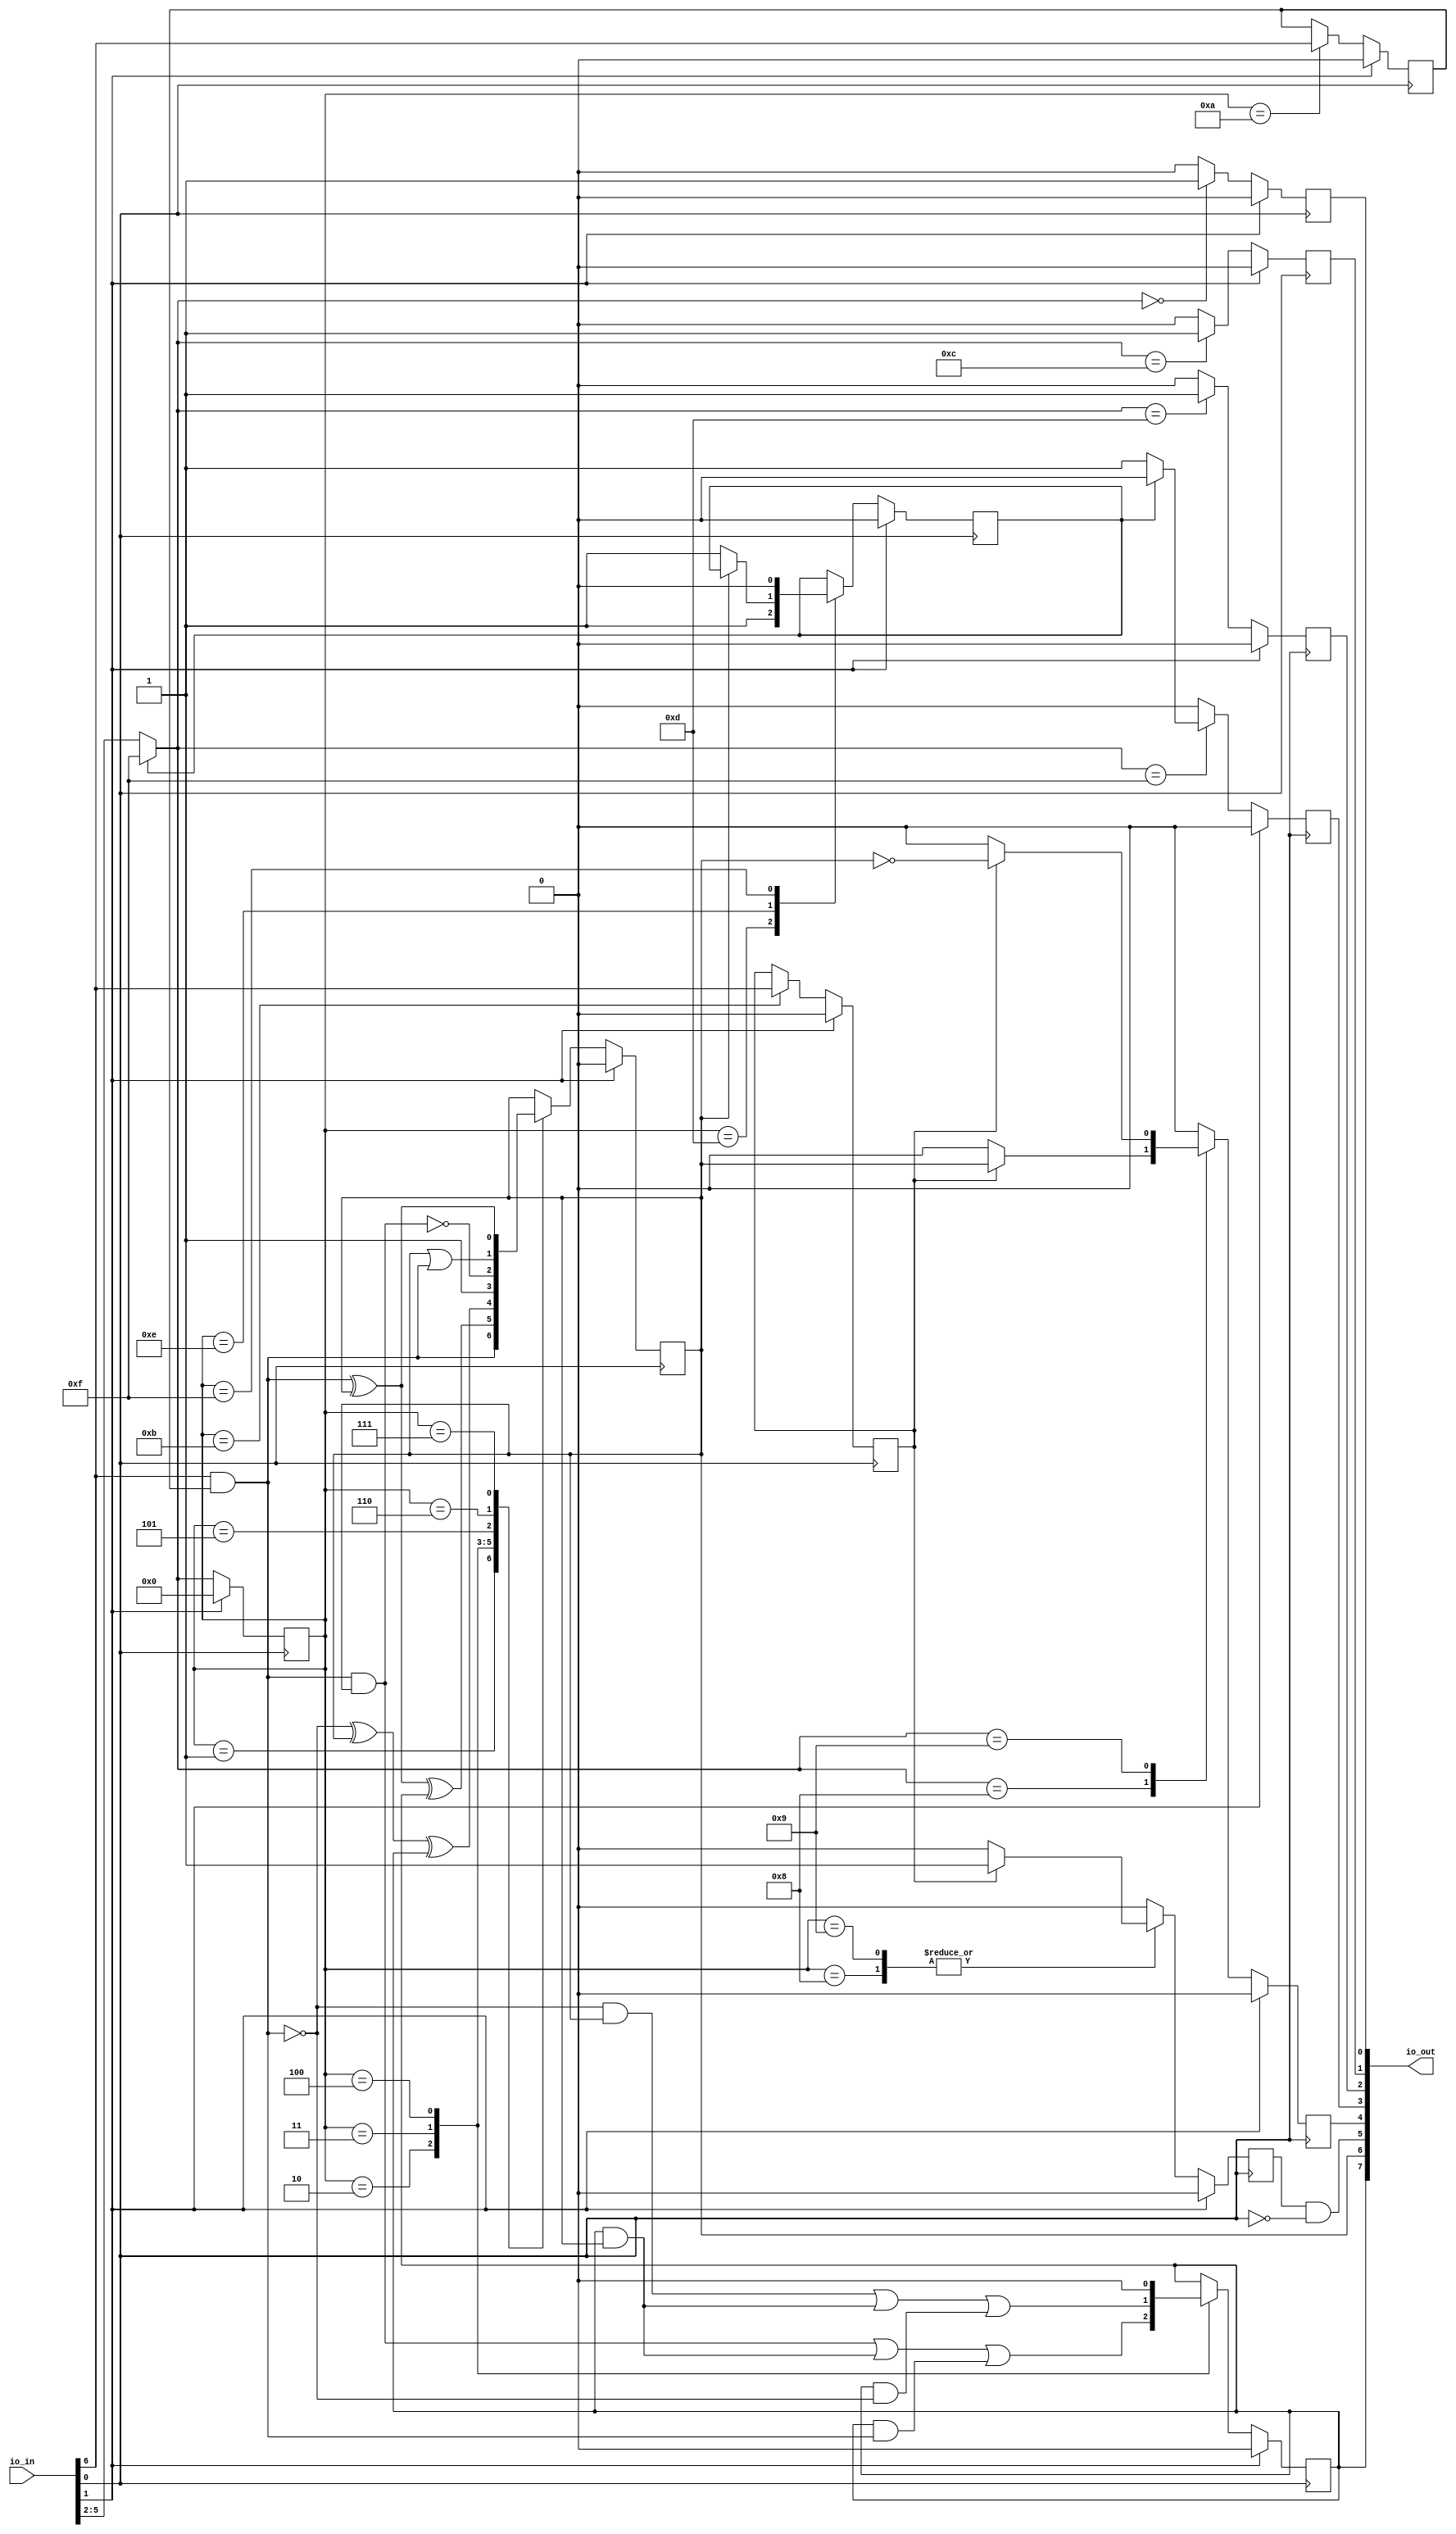
// This program was cloned from: https://github.com/sarfrazenator/Sarfraz_TinyTapeout
// License: Apache License 2.0

`default_nettype none

module user_module_341178296293130834(
  input [7:0] io_in,
  output [7:0] io_out
);
  /* Inputs */
  wire CLK;
  wire RST;
  wire [3:0]IR_IN;
  wire DATAIN;
  assign CLK = io_in[0];
  assign RST = io_in[1];
  assign IR_IN = io_in[5:2];
  assign DATAIN = io_in[6];

  /* Outputs */
  reg FL0;
  reg JMP;
  reg RTN;
  reg FLF;
  reg DATAOUT;
  wire WRT;
  reg RR;
  reg C;

  assign io_out[0] = FL0;
  assign io_out[1] = JMP;
  assign io_out[2] = RTN;
  assign io_out[3] = FLF;
  assign io_out[4] = DATAOUT;
  assign io_out[5] = WRT;
  assign io_out[6] = RR;
  assign io_out[7] = C;

  /* Intermediate */
  reg IEN;
  reg OEN;
  reg SKZ;
  reg WRTR;
  reg [3:0] IR;
  wire DATAIFEN;
  wire [3:0] IR_GATED;

  `define I_NOP0  4'b0000
  `define I_LD    4'b0001
  `define I_ADD   4'b0010
  `define I_SUB   4'b0011
  `define I_ONE   4'b0100
  `define I_NAND  4'b0101
  `define I_OR    4'b0110
  `define I_XOR   4'b0111
  `define I_STO   4'b1000
  `define I_STOC  4'b1001
  `define I_IEN   4'b1010
  `define I_OEN   4'b1011
  `define I_JMP   4'b1100
  `define I_RTN   4'b1101
  `define I_SKZ   4'b1110
  `define I_NOPF  4'b1111

  /* Module body */

  assign DATAIFEN = DATAIN & IEN;
  // because assigning to IR register doesn't seem to take hold immediately
  assign IR_GATED = (!SKZ) ? IR_IN : `I_NOPF;
  assign WRT = WRTR & !CLK;

  always@(posedge CLK) begin
    if(RST) begin
      FL0 <= 0;
      JMP <= 0;
      RTN <= 0;
      FLF <= 0;
      DATAOUT <= 0;
      IR <= 'b0000;
    end else begin
      FL0 <= 0;
      JMP <= 0;
      RTN <= 0;
      FLF <= 0;
      DATAOUT <= 0;
      IR <= IR_GATED; 
      case (IR_GATED)
        `I_NOP0:
          FL0 <= 1;
        `I_STO:
          if(OEN)
            DATAOUT <= RR;
        `I_STOC:
          if(OEN)
            DATAOUT <= !RR;
        `I_JMP:
          JMP <= 1;
        `I_RTN:
          RTN <= 1;
        `I_NOPF:
          if(!SKZ) FLF <= 1;
      endcase
    end
  end

  always@(negedge CLK) begin
    if(RST) begin
      IEN <= 0;
      OEN <= 0;
      SKZ <= 0;
      RR <= 0;
      C <= 0;
      WRTR <= 0;
    end else begin
      WRTR <= 0;
      case (IR)
        `I_LD:
            RR <= DATAIFEN;
        `I_ADD:
          begin
            RR <= DATAIFEN ^ RR ^ C; 
            C <= (DATAIFEN & RR) | (C & RR) | (C & DATAIFEN);
          end
        `I_SUB:
          begin
            RR <= !DATAIFEN ^ RR ^ C; 
            C <= !DATAIFEN & RR | C & RR | C & !DATAIFEN;
          end
        `I_ONE:
          begin
            RR <= 1;
            C <= 0;
          end                
        `I_NAND:
            RR <= !(RR & DATAIFEN);
        `I_OR:
            RR <= RR | DATAIFEN;
        `I_XOR:
            RR <= RR ^ DATAIFEN;
        `I_STO:
          if(OEN) WRTR <= 1;
        `I_STOC:
          if(OEN) WRTR <= 1;
        `I_IEN:
          IEN <= DATAIN;
        `I_OEN:
          OEN <= DATAIN;
        `I_RTN:
            SKZ <= 1;
        `I_SKZ:
          if(!RR) SKZ <= 1;          
        `I_NOPF:
          if(SKZ) SKZ <= 0;
      endcase
    end
  end
endmodule